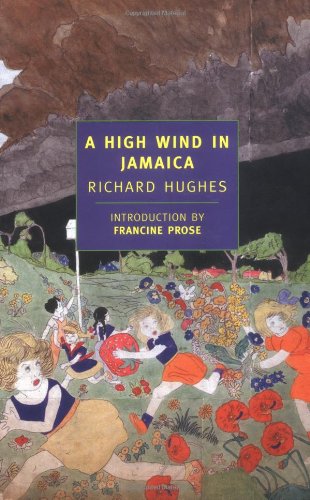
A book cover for A High Wind in Jamaica (New York Review Books Classics); Richard Hughes; Literature & Fiction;